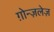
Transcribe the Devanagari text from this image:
ग़ोन्ज़लेज़